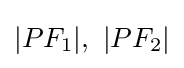
|PF_{1}|,\ |PF_{2}|